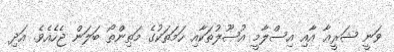
ވަނީ ޝަރީޢާ އާއި އިސްލާމީ އުޞޫލުތަކާއި ހަމަތަކުގެ މަތިންތޯ ބަލަން ޖެހެއެވެ. އަދި